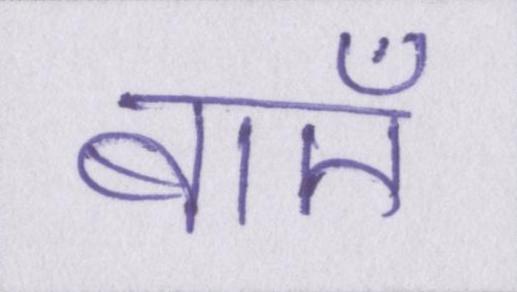
बाएँ